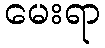
မေးရာ